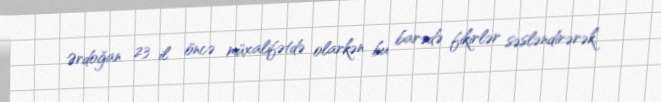
Ərdoğan 23 il öncə müxalifətdə olarkən bu barədə fikirlər səsləndirərək,